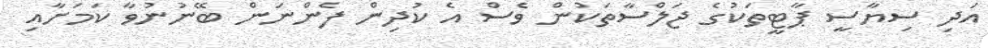
އަދި ސިޔާސީ ޕާޓީތަކުގެ ޖަލްސާތަކުން ވެސް އެ ކުދިން ފެންނަން ބޭނުނުވާ ކަމަށާއި